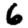
Digit: 6